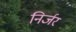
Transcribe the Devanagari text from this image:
निर्जर